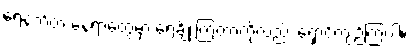
ရေနက်တဲ့ နေရာတွေမှာ ရေချိုးကြတာကိုလည်း ရှောင်ကျဉ်ကြပါ။